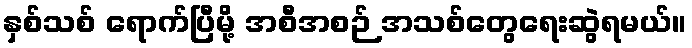
နှစ်သစ် ရောက်ပြီမို့ အစီအစဉ် အသစ်တွေရေးဆွဲရမယ်။